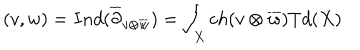
( v , w ) = I n d ( \overline { { { \partial } } } _ { v \otimes \overline { { { w } } } } ) = \int _ { X } c h ( v \otimes \overline { { { w } } } ) T d ( X )